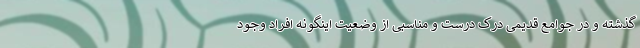
گذشته و در جوامع قدیمی درک درست و مناسبی از وضعیت اینگونه افراد وجود